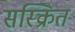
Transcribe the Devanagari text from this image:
सस्क्रित